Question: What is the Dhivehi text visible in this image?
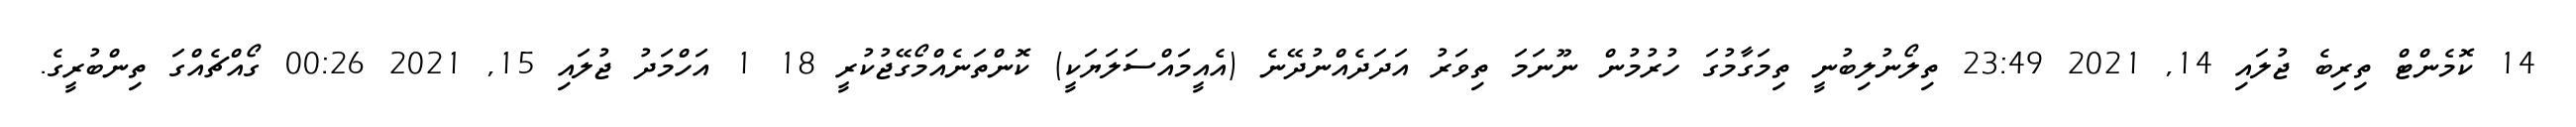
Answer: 14 ކޮމެންޓް ތިރިބެ ޖުލައި 14, 2021 23:49 ތިލޯނުލިބުނީ ތިމަގާމުގަ ހުރުމުން ނޫނަމަ ތިވަރު އަދަދެއްނުދޭނެ (އެއީމައްސަލަޔަކީ) ކޮންތަނެއްމޯގޭޖުކުރީ 18 1 އަހްމަދު ޖުލައި 15, 2021 00:26 ގޯއްޗެއްގަ ތިންބުރީގެ.